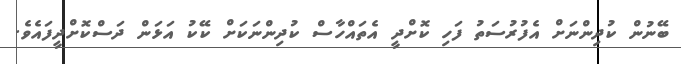
ބޭނުން ކުދިންނަށް އެފުރުސަތު ފަހި ކޮށްދީ އެތައްހާސް ކުދިންނަކަށް ކޭކު އަޅަން ދަސްކޮށްދީފައެވެ.